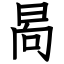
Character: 晑